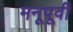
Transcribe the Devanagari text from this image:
मनूपूर्वी